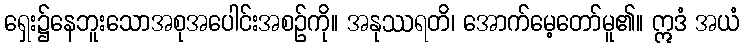
ရှေး၌နေဘူးသောအစုအပေါင်းအစဉ်ကို။ အနုဿရတိ၊ အောက်မေ့တော်မူ၏။ ဣဒံ အယံ